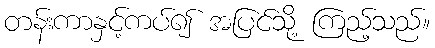
တန်းကာနှင့်ကပ်၍ အပြင်သို့ ကြည့်သည်။